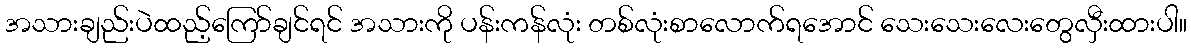
အသားချည်းပဲထည့်ကြော်ချင်ရင် အသားကို ပန်းကန်လုံး တစ်လုံးစာလောက်ရအောင် သေးသေးလေးတွေလှီးထားပါ။